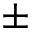
\pm